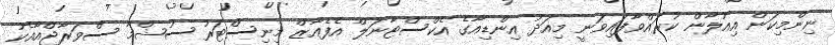
ނިންމިކަން އިއުލާން ކުރައްވާފައިވަނީ މިއަދު އިންޑިއާގެ އެކްސްޓާނަލް އެފެއާޒް މިނިސްޓަރު ސުޝްމާ ސްވަރާޖްއާއެކު